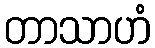
တာသာဟံ